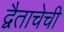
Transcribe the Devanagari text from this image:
द्वैताचेची